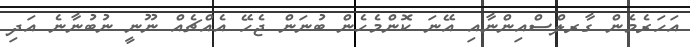
އަހަރެމެން ގާރލްސްއިންނާއި އޭނަ ކޮންމެހެން ބުނަން ޖެހޭ އެއްޗެއް ނޫނީ ނުބުނާނެ އަދި